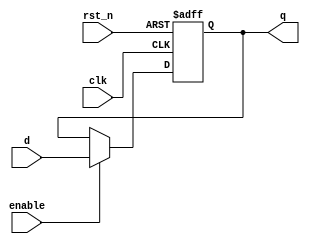
module d_flip_flop (
    input wire clk,       // Clock input
    input wire rst_n,     // Active low reset
    input wire enable,    // Enable signal
    input wire d,        // Data input
    output reg q         // Data output
);

    // D Flip-Flop with non-blocking assignment
    always @(posedge clk or negedge rst_n) begin
        if (!rst_n) begin
            q <= 1'b0;    // Reset output to 0
        end else if (enable) begin
            q <= d;       // Update output with data input
        end
    end
endmodule